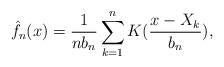
LaTeX: \begin{align*}\hat{f}_{n}(x)=\frac{1}{nb_{n}}\sum_{k=1}^{n}K(\frac{x-X_{k}}{b_{n}}),\end{align*}